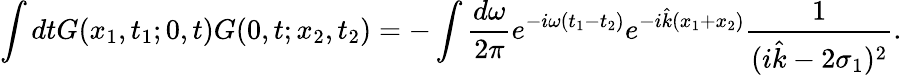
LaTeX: \int dtG(x_{1},t_{1};0,t)G(0,t;x_{2},t_{2})=-\int\frac{d\omega}{2\pi}e^{-i\omega(t_{1}-t_{2})}e^{-i\hat{k}(x_{1}+x_{2})}\frac{1}{(i\hat{k}-2\sigma_{1})^{2}}.